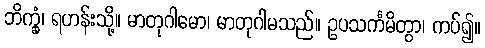
ဘိက္ခုံ၊ ရဟန်းသို့။ မာတုဂါမော၊ မာတုဂါမသည်။ ဥပသင်္ကမိတွာ၊ ကပ်၍။